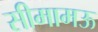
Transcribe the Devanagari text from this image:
सीमामऊ